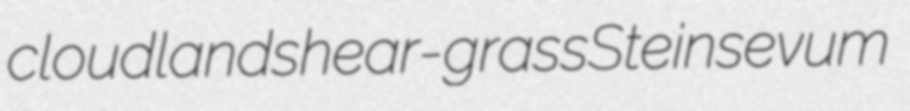
cloudland shear-grass Stein sevum